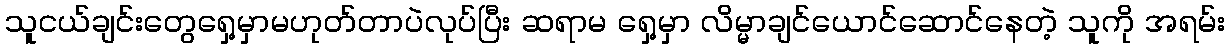
သူငယ်ချင်းတွေရှေ့မှာမဟုတ်တာပဲလုပ်ပြီး ဆရာမ ရှေ့မှာ လိမ္မာချင်ယောင်ဆောင်နေတဲ့ သူကို အရမ်း